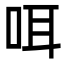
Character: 咡